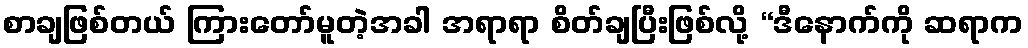
စာချဖြစ်တယ် ကြားတော်မူတဲ့အခါ အရာရာ စိတ်ချပြီးဖြစ်လို့ “ဒီနောက်ကို ဆရာက